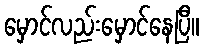
မှောင်လည်းမှောင်နေပြီ။